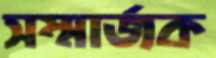
সম্মার্জক